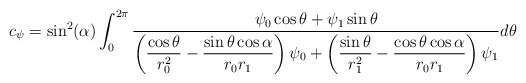
\begin{align*}c_{\psi} = \sin^2(\alpha) \int_0^{2\pi}\frac{\psi_0 \cos \theta + \psi_1 \sin \theta}{\left( \dfrac{\cos \theta}{r_0^2} - \dfrac{\sin \theta \cos \alpha}{r_0r_1}\right) \psi_0 +\left(\dfrac{\sin \theta}{r^2_1} - \dfrac{ \cos \theta \cos \alpha}{r_0r_1}\right) \psi_1}d\theta\end{align*}